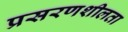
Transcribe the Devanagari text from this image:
प्रसरणशीलता